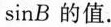
\sin B 的值.